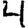
Digit: 4